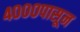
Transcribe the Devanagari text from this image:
४०००पासून